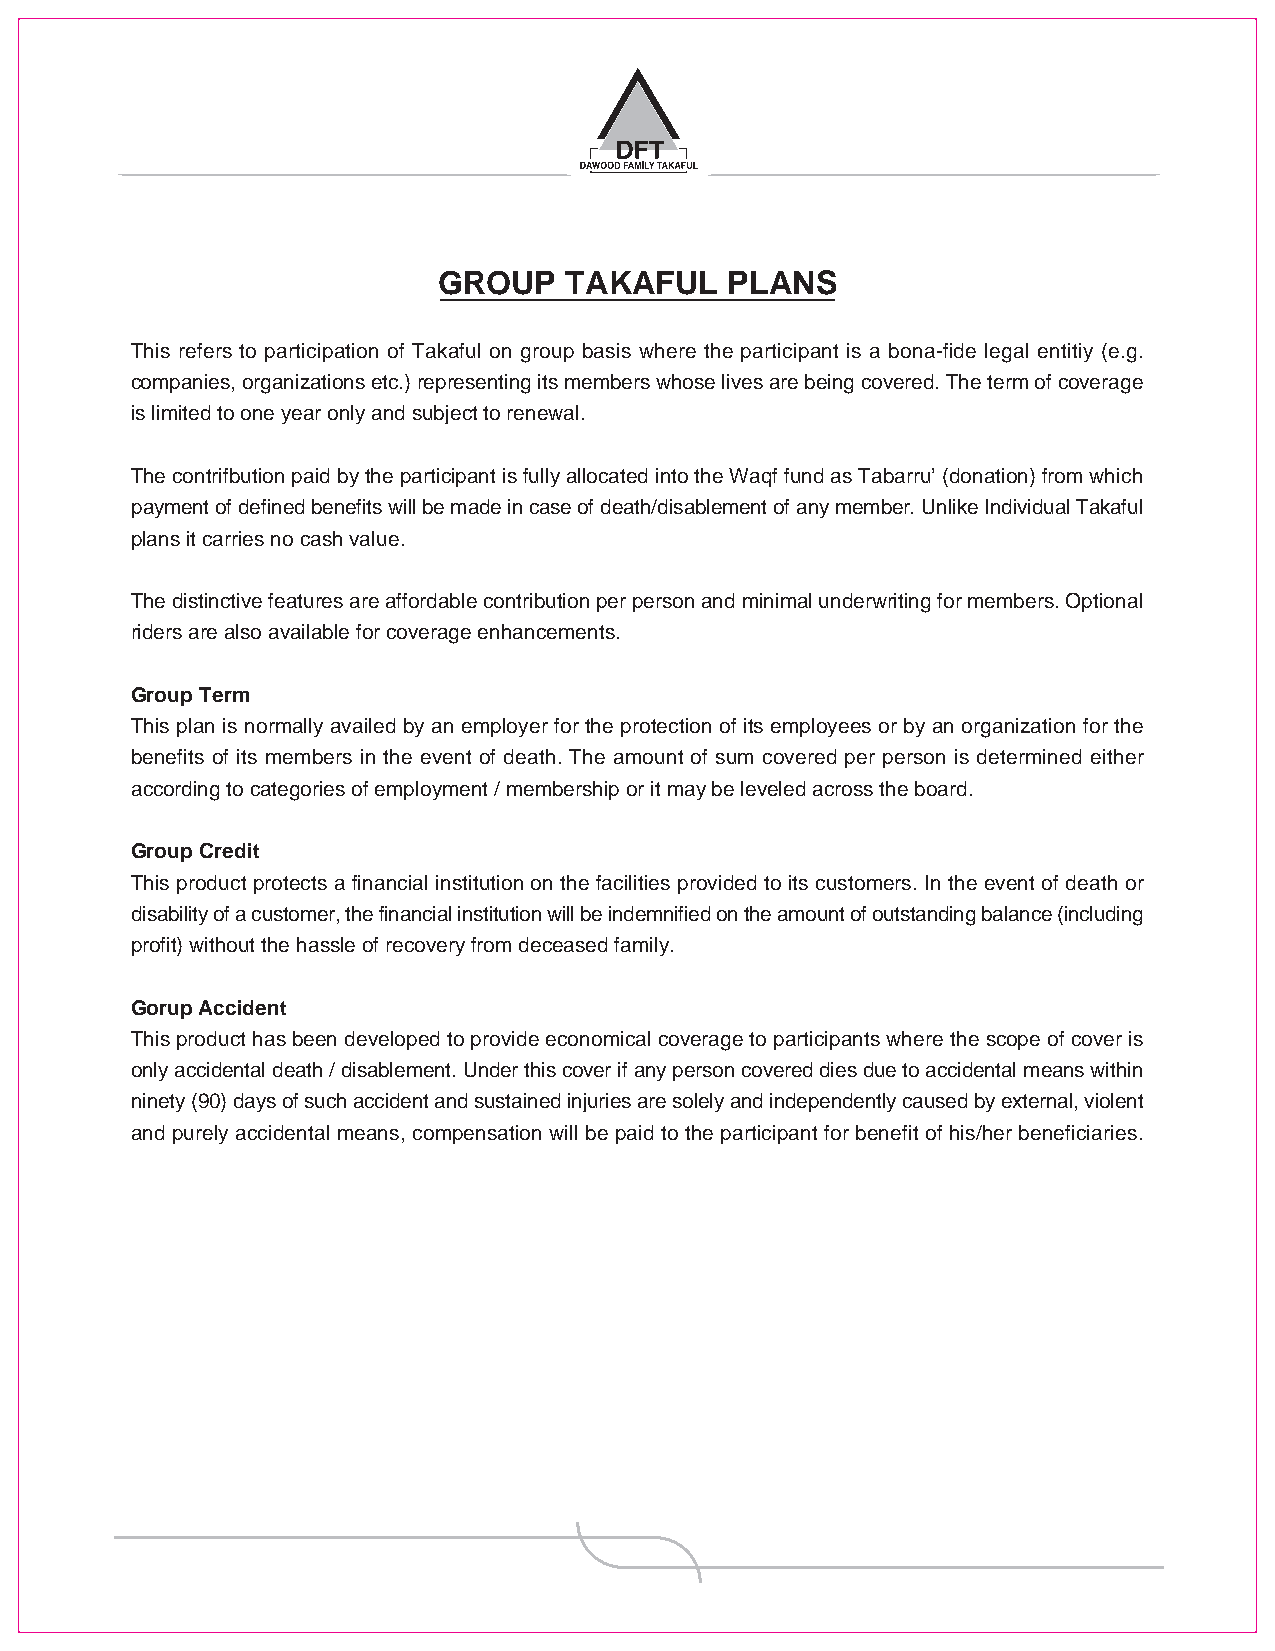
GROUP   TAKAFUL    PLANS
 This refers to participation of Takaful on group basis where the participant is a bona-fide legal entitiy (e.g.companies, organizations etc.) representing its members whose lives are being covered. The term of coverageis limited to one year only and subject to renewal.
 The contrifbution paid by the participant is fully allocated into the Waqf fund as Tabarru’ (donation) from whichpayment of defined benefits will be made in case of death/disablement of any member. Unlike Individual Takafulplans it carries no cash value.
 The distinctive features are affordable contribution per person and minimal underwriting for members. Optionalriders are also available for coverage enhancements.
 Group TermThis plan is normally availed by an employer for the protection of its employees or by an organization for thebenefits of its members in the event of death. The amount of sum covered per person is determined eitheraccording to categories of employment / membership or it may be leveled across the board.
 Group CreditThis product protects a financial institution on the facilities provided to its customers. In the event of death ordisability of a customer, the financial institution will be indemnified on the amount of outstanding balance (includingprofit) without the hassle of recovery from deceased family.
 Gorup AccidentThis product has been developed to provide economical coverage to participants where the scope of cover isonly accidental death / disablement. Under this cover if any person covered dies due to accidental means withinninety (90) days of such accident and sustained injuries are solely and independently caused by external, violentand purely accidental means, compensation will be paid to the participant for benefit of his/her beneficiaries.